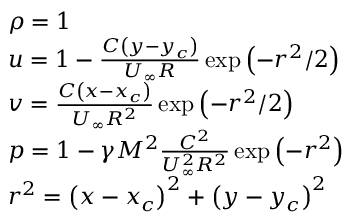
\begin{array} { r l } & { \rho = 1 } \\ & { u = 1 - \frac { C \left( y - y _ { c } \right) } { U _ { \infty } R } \exp \left( - r ^ { 2 } / 2 \right) } \\ & { v = \frac { C \left( x - x _ { c } \right) } { U _ { \infty } R ^ { 2 } } \exp \left( - r ^ { 2 } / 2 \right) } \\ & { p = 1 - \gamma M ^ { 2 } \frac { C ^ { 2 } } { U _ { \infty } ^ { 2 } R ^ { 2 } } \exp \left( - r ^ { 2 } \right) } \\ & { r ^ { 2 } = \left( x - x _ { c } \right) ^ { 2 } + \left( y - y _ { c } \right) ^ { 2 } } \end{array}